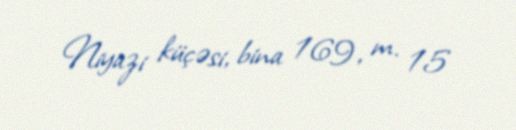
Niyazi küçəsi, bina 169, m. 15